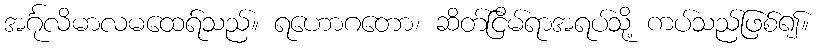
အင်္ဂုလိမာလမထေရ်သည်။ ရဟောဂတော၊ ဆိတ်ငြိမ်ရာအရပ်သို့ ကပ်သည်ဖြစ်၍။